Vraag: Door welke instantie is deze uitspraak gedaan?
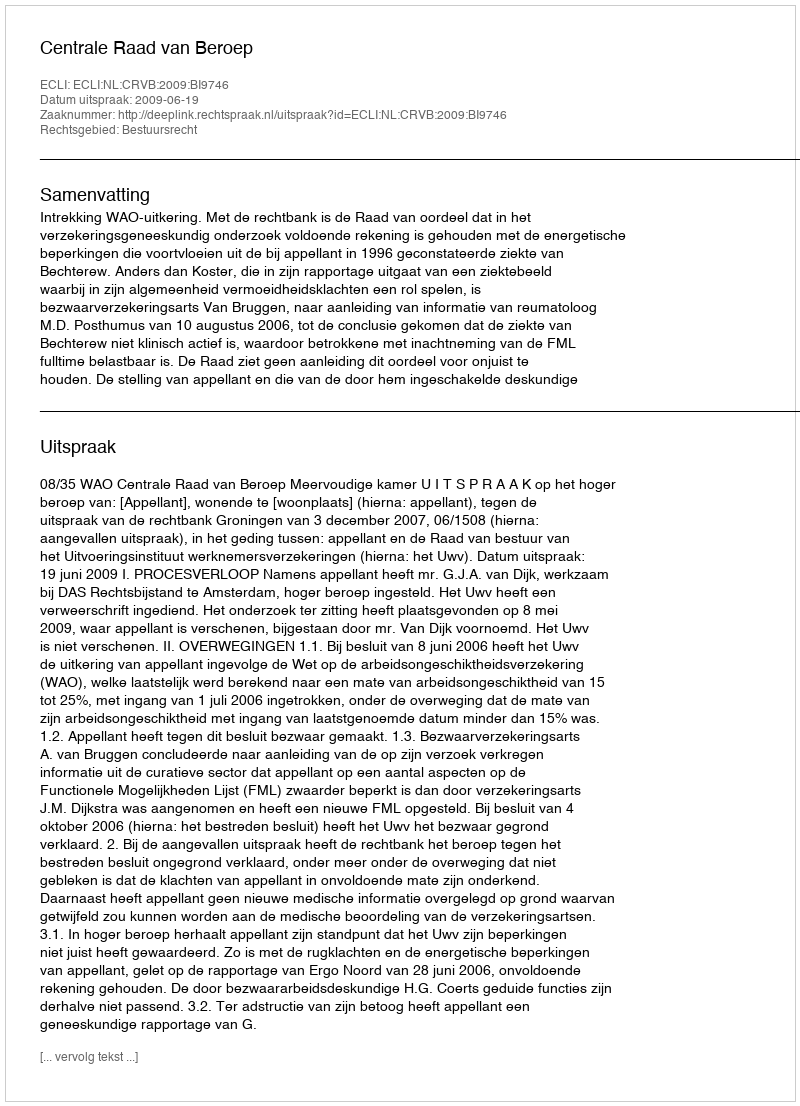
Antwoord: Centrale Raad van Beroep